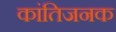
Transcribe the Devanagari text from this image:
कांतिजनक